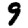
Digit: 9